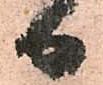
日